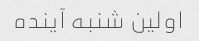
اولین شنبه آینده